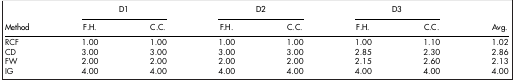
<table><thead><tr><td><b> </b></td><td colspan="2"><b>D1</b></td><td colspan="2"><b>D2</b></td><td colspan="2"><b>D3</b></td><td><b> </b></td></tr><tr><td><b>Method</b></td><td><b>F.H.</b></td><td><b>C.C.</b></td><td><b>F.H.</b></td><td><b>C.C.</b></td><td><b>F.H.</b></td><td><b>C.C.</b></td><td><b>Avg.</b></td></tr></thead><tbody><tr><td>RCF</td><td>1.00</td><td>1.00</td><td>1.00</td><td>1.00</td><td>1.00</td><td>1.10</td><td>1.02</td></tr><tr><td>CD</td><td>3.00</td><td>3.00</td><td>3.00</td><td>3.00</td><td>2.85</td><td>2.30</td><td>2.86</td></tr><tr><td>FW</td><td>2.00</td><td>2.00</td><td>2.00</td><td>2.00</td><td>2.15</td><td>2.60</td><td>2.13</td></tr><tr><td>IG</td><td>4.00</td><td>4.00</td><td>4.00</td><td>4.00</td><td>4.00</td><td>4.00</td><td>4.00</td></tr></tbody></table>